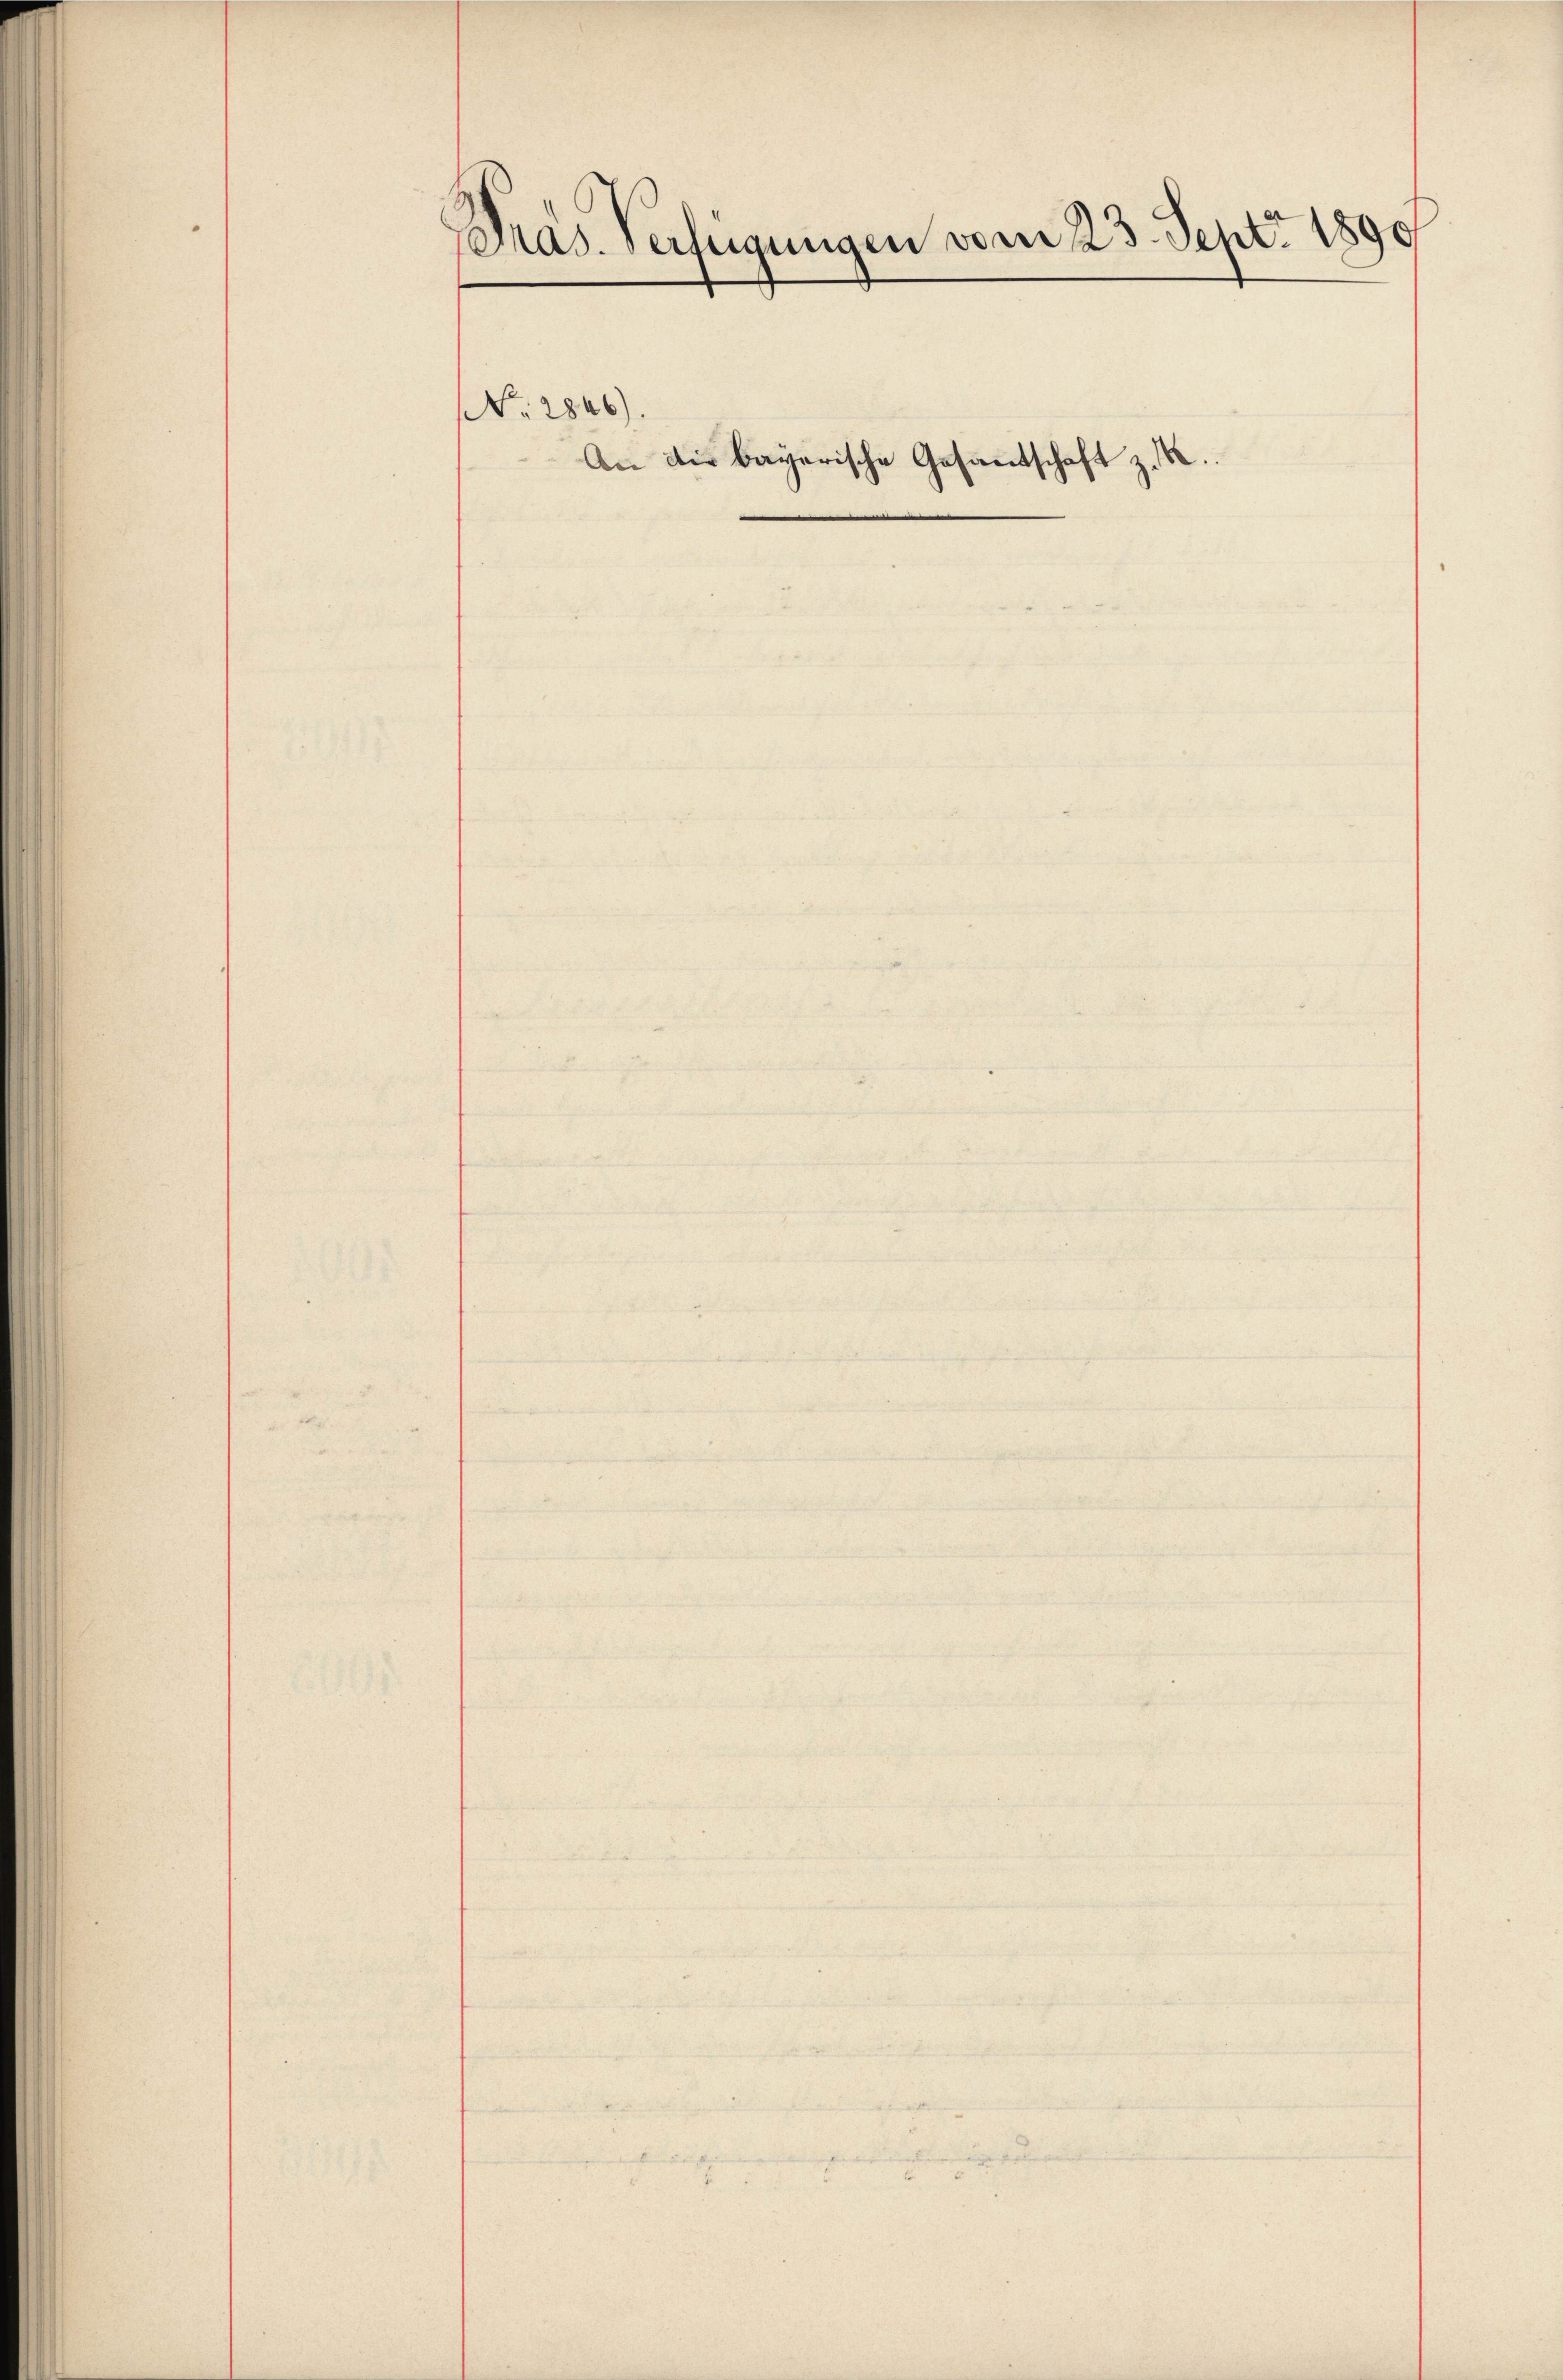
Pras. Verfügungen vom 23. Sept. 1890

No. 2846).

An die bayerische Gesandtschaft z. B.